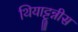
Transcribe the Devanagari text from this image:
थियाट्टून्नीस